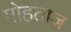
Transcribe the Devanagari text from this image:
मोहताज़